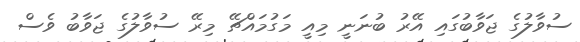
ސުވާލުގެ ޖަވާބުގައި އޭރު ބުނަނީ މިއީ މަގުމައްޗޭ މިރޭ ސުވާލުގެ ޖަވާބު ވެސް